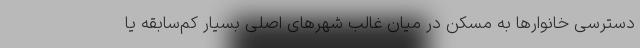
دسترسی خانوارها به مسکن در میان غالب شهرهای اصلی بسیار کم‌سابقه یا